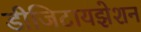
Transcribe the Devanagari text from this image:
डीजिटायझेशन